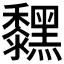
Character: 𪒚